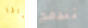
ماذا تندمج